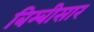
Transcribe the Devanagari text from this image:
बिम्बीसार